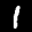
Label: 1